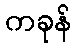
ကခုန်